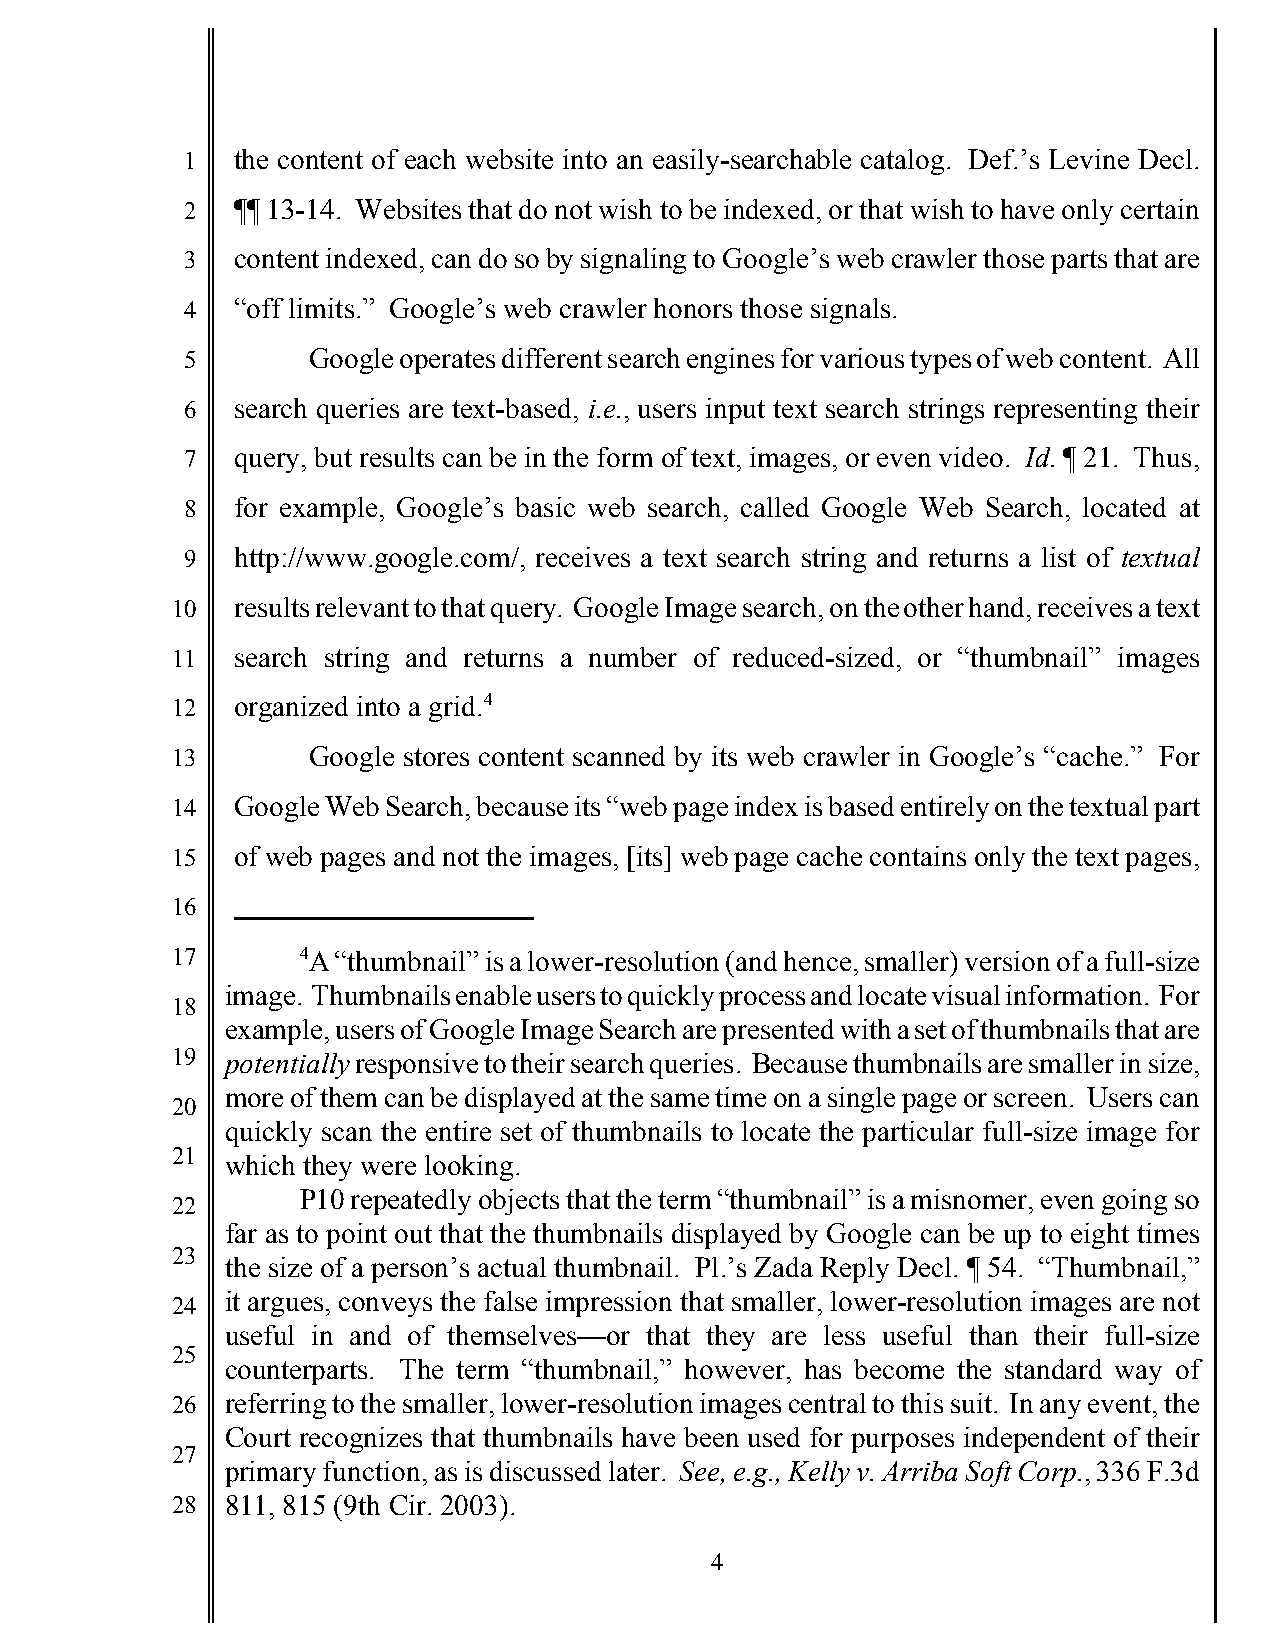
1   the content of each website into an easily-searchable catalog. Def.’s Levine Decl.
 2   ¶¶ 13-14. Websites that do not wish to be indexed, or that wish to have only certain
 3   content indexed, can do so by signaling to Google’s web crawler those parts that are
 4   “off limits.” Google’s web crawler honors those signals.
 5       Google operates different search engines for various types of web content. All
 6   search queries are text-based, i.e., users input text search strings representing their
 7   query, but results can be in the form of text, images, or even video. Id. ¶ 21. Thus,
 8   for example, Google’s basic web search, called Google Web Search, located at
 9   http://www.google.com/, receives a text search string and returns a list of textual
 10   results relevant to that query. Google Image search, on the other hand, receives a text
 11   search string and returns a number of reduced-sized, or “thumbnail” images
 12   organized into a grid.4
 13       Google stores content scanned by its web crawler in Google’s “cache.” For
 14   Google Web Search, because its “web page index is based entirely on the textual part
 15   of web pages and not the images, [its] web page cache contains only the text pages,
 16
 17       4A “thumbnail” is a lower-resolution (and hence, smaller) version of a full-size
 image. Thumbnails enable users to quickly process and locate visual information. For
 18
 example, users of Google Image Search are presented with a set of thumbnails that are
 19  potentially responsive to their search queries. Because thumbnails are smaller in size,
 more of them can be displayed at the same time on a single page or screen. Users can
 20
 quickly scan the entire set of thumbnails to locate the particular full-size image for
 21
 which they were looking.
 P10 repeatedly objects that the term “thumbnail” is a misnomer, even going so
 22
 far as to point out that the thumbnails displayed by Google can be up to eight times
 23
 the size of a person’s actual thumbnail. Pl.’s Zada Reply Decl. ¶ 54. “Thumbnail,”
 24  it argues, conveys the false impression that smaller, lower-resolution images are not
 useful in and of themselves—or that they are less useful than their full-size
 25
 counterparts. The term “thumbnail,” however, has become the standard way of
 26  referring to the smaller, lower-resolution images central to this suit. In any event, the
 Court recognizes that thumbnails have been used for purposes independent of their
 27
 primary function, as is discussed later. See, e.g., Kelly v. Arriba Soft Corp., 336 F.3d
 28  811, 815 (9th Cir. 2003).
 4